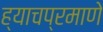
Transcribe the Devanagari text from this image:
ह्याचप्रमाणे